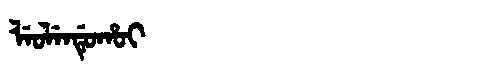
Manchu: ᠯᡝᠣᠯᡝᠨᡩᡠᡥᠣᡳ
Romanization: LEOLENDUHOI